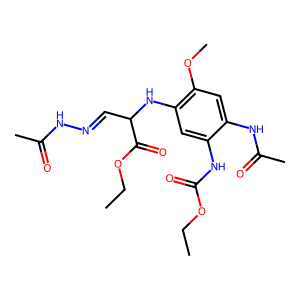
SMILES: CCOC(=O)Nc1cc(NC(C=NNC(C)=O)C(=O)OCC)c(OC)cc1NC(C)=O
Inhibits HIV replication: No